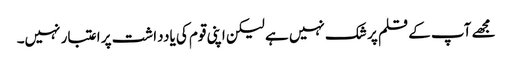
مجھے آپ کے قلم پر شک نہیں ہے لیکن اپنی قوم کی یادداشت پر اعتبار نہیں۔